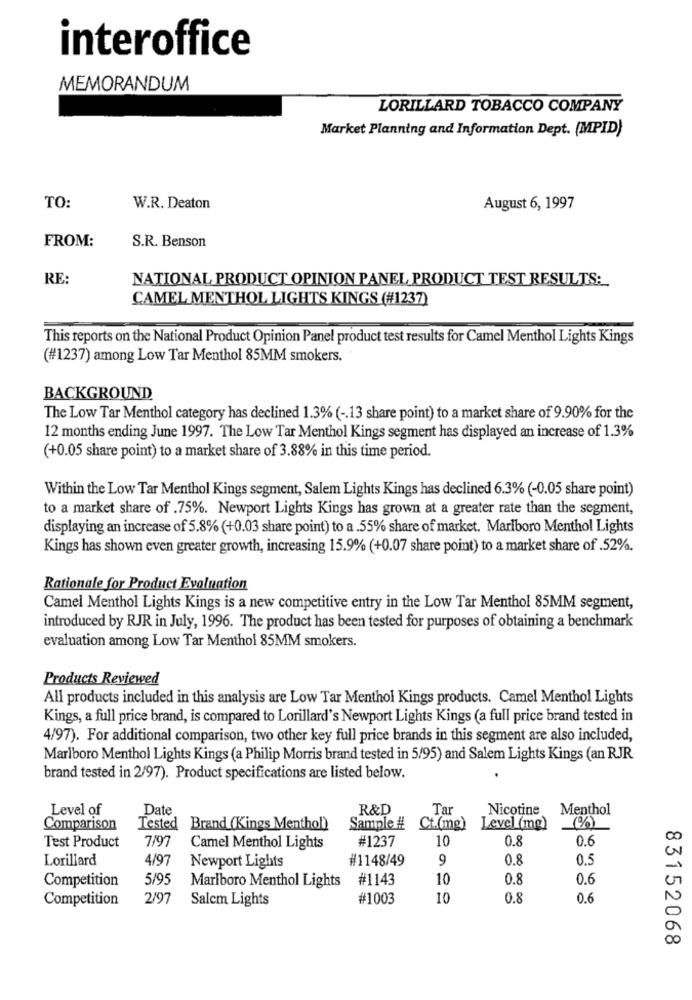
interoffice
MEMORANDUM
LORILLARD TOBACCO COMPANY
Market Planning and Information Dept. (MPID)
TO:
W.R. Deaton
August 6, 1997
FROM:
S.R. Benson
RE:
NATIONAL PRODUCT OPINION PANEL PRODUCT TEST RESULTS:
CAMEL MENTHOL LIGHTS KINGS (#1237)
This reports on the National Product Opinion Panel product test results for Camel Menthol Lights Kings
(#1237) among Low Tar Menthol 85MM smokers.
BACKGROUND
The Low Tar Menthol category has declined 1.3% ( -. 13 share point) to a market share of 9.90% for the
12 months ending June 1997. The Low Tar Menthol Kings segment has displayed an increase of 1.3%
(+0.05 share point) to a market share of 3.88% in this time period.
Within the Low Tar Menthol Kings segment, Salem Lights Kings has declined 6.3% (-0.05 share point)
to a market share of .75%. Newport Lights Kings has grown at a greater rate than the segment,
displaying an increase of 5.8% (+0.03 share point) to a .55% share of market. Marlboro Menthol Lights
Kings has shown even greater growth, increasing 15.9% (+0.07 share point) to a market share of .52%.
Rationale for Product Evaluation
Camel Menthol Lights Kings is a new competitive entry in the Low Tar Menthol 85MM segment,
introduced by RJR in July, 1996. The product has been tested for purposes of obtaining a benchmark
evaluation among Low Tar Menthol 85MM smokers.
Products Reviewed
All products included in this analysis are Low Tar Menthol Kings products. Camel Menthol Lights
Kings, a full price brand, is compared to Lorillard's Newport Lights Kings (a full price brand tested in
4/97). For additional comparison, two other key full price brands in this segment are also included,
Marlboro Menthol Lights Kings (a Philip Morris brand tested in 5/95) and Salem Lights Kings (an RJR
brand tested in 2/97). Product specifications are listed below.
Level of
Date
R&D
Ta
Nicotine
Menthol
Comparison
Tested
Brand (Kings Menthol)
Sample #
Ct.(mg)
Level (mg)
(%)
Test Product
7/97
#1237
10
0.8
0.6
CO
Camel Menthol Lights
Lorillard
4/97
#1148/49
9
0.8
0.5
Newport Lights
Competition
5/95
:#1143
10
0.8
0.6
Marlboro Menthol Lights
Competition
2/97
Salem Lights
#1003
10
0.8
0.6
a
00
83152068